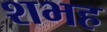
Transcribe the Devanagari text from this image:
शभह